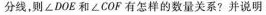
分线，则∠DOE和∠COF有怎样的数量关系?并说明